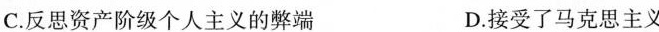
C.反思资产阶级个人主义的弊端 D.接受了马克思主义